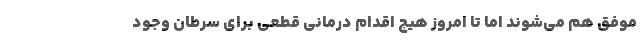
موفق هم می‌شوند اما تا امروز هیچ اقدام درمانیِ قطعی برای سرطان وجود